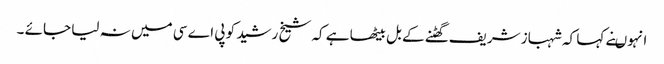
انہوںنے کہا کہ شہباز شریف گھٹنے کے بل بیٹھا ہے کہ شیخ رشید کو پی اے سی میں نہ لیا جائے ۔